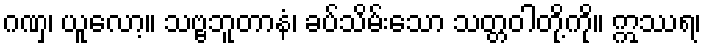
ဂဏှ၊ ယူလော့။ သဗ္ဗဘူတာနံ၊ ခပ်သိမ်းသော သတ္တဝါတို့ကို။ ဣဿရ၊